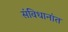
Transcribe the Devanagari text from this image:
संविधानांत